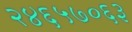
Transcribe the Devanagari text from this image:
२४६५७०६३